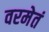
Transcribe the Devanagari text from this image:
वरमेतं